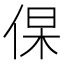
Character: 𬾛